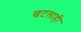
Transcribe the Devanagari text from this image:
खटलाही